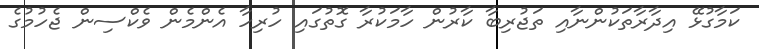
ކަމާގުޅޭ އިދާރާތަކުންނާއި ތަޖުރިބާ ކާރުން ހާމަކުރާ ގޮތުގައި ހުރިހާ އެންމެން ވެކްސިން ޖެހުމުގެ